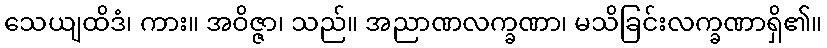
သေယျထိဒံ၊ ကား။ အဝိဇ္ဇာ၊ သည်။ အညာဏလက္ခဏာ၊ မသိခြင်းလက္ခဏာရှိ၏။